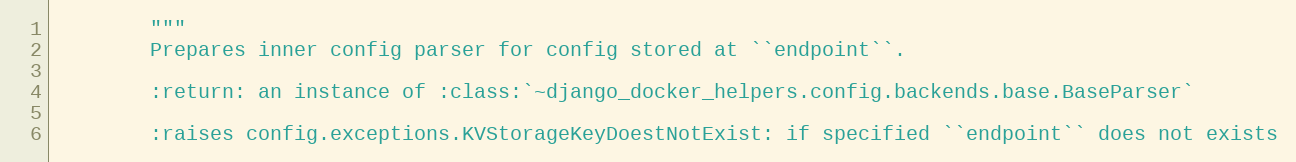
Language: Python
        """
        Prepares inner config parser for config stored at ``endpoint``.

        :return: an instance of :class:`~django_docker_helpers.config.backends.base.BaseParser`

        :raises config.exceptions.KVStorageKeyDoestNotExist: if specified ``endpoint`` does not exists